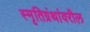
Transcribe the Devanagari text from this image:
स्मृतिग्रंथांवरील